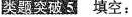
类题破5 填空：